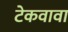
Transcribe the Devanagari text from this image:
टेकवावा